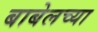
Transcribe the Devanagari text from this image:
बाबेलच्या